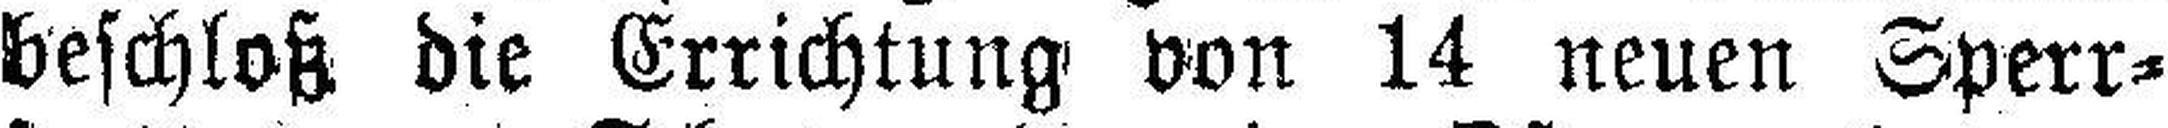
beschloß die Errichtung von 14 neuen Sperr¬